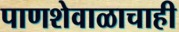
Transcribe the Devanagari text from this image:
पाणशेवाळाचाही